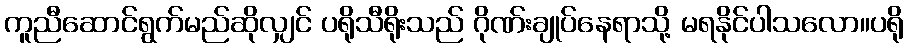
ကူညီဆောင်ရွက်မည်ဆိုလျှင် ပရိုသီရိုးသည် ဂိုဏ်းချုပ်နေရာသို့ မရနိုင်ပါသလော။ပရို